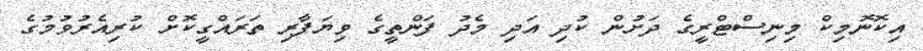
އިކޮނޮމިކް މިނިސްޓްރީގެ ދަށުން ކުދި އަދި މެދު ފަންތީގެ ވިޔަފާރި ތަރައްގީކޮށް ކުރިއެރުވުމުގެ